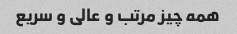
همه چیز مرتب و عالی و سریع